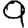
Digit: 9